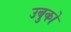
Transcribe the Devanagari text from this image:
उबुको